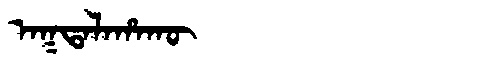
Manchu: ᠠᡴᡨᠠᠯᠠᡥᠠᡴᡡ
Romanization: AKTALAHAKŪ